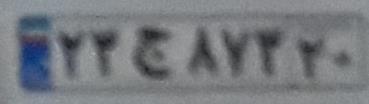
۲۳ج۸۷۳۲۰